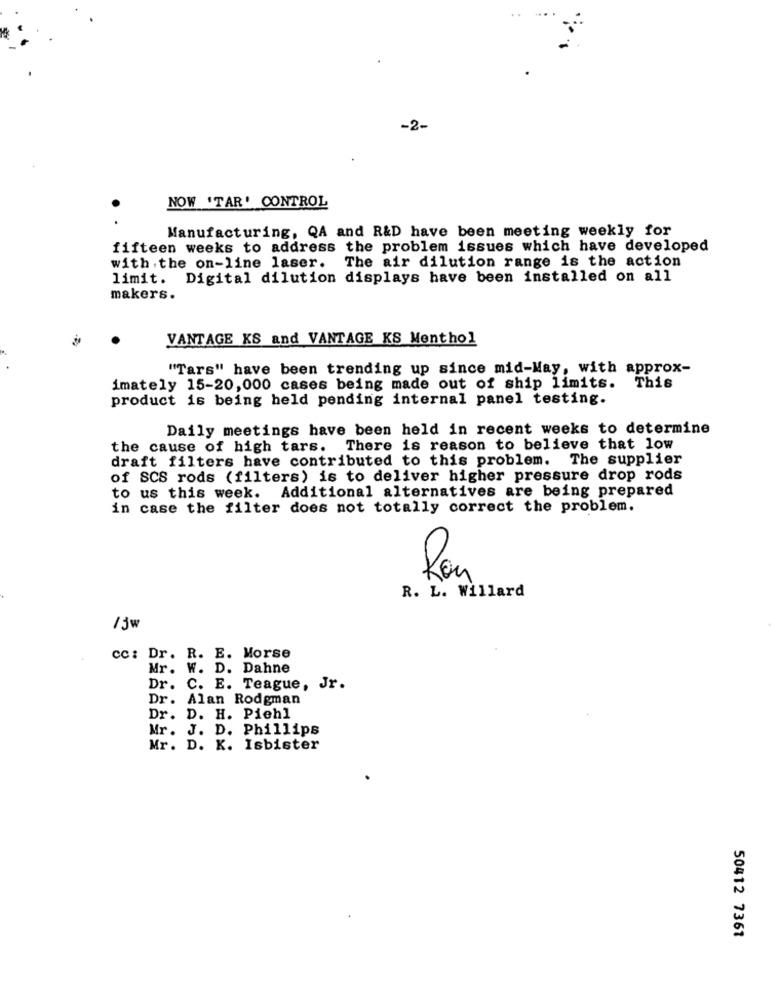
-2-
NOW 'TAR' CONTROL
.
Manufacturing, QA and R&D have been meeting weekly for
fifteen weeks to address the problem issues which have developed
with .the on-line laser. The air dilution range is the action
limit. Digital dilution displays have been installed on all
makers.
VANTAGE KS and VANTAGE KS Menthol
"Tars" have been trending up since mid-May, with approx-
imately 15-20,000 cases being made out of ship limits. This
product is being held pending internal panel testing.
Daily meetings have been held in recent weeks to determine
the cause of high tars. There is reason to believe that low
draft filters have contributed to this problem. The supplier
of SCS rods (filters) is to deliver higher pressure drop rods
to us this week. Additional alternatives are being prepared
in case the filter does not totally correct the problem.
R. L. Willard
/jw
cc: Dr. R. E. Morse
Mr. W. D. Dahne
Dr. C. E. Teague, Jr.
Dr. Alan Rodgman
Dr. D. H. Piehl
Mr. J. D. Phillips
Mr. D. K. Isbister
50412 7361